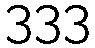
333